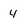
Character: 4